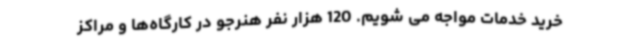
خرید خدمات مواجه می شویم. 120 هزار نفر هنرجو در کارگاه‌ها و مراکز